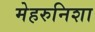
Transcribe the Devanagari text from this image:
मेहरुनिशा